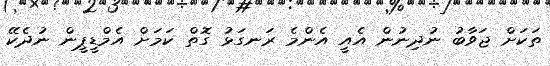
ތަކަށް ޖަވާބު ނުދިނުން އެއީ އެންމެ ރަނގަޅު ގޮތް ކަމަށް އެމްޑީޕީން ނުދެކޭ